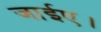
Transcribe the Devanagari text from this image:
जाईए।